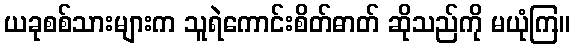
ယခုစစ်သားများက သူရဲကောင်းစိတ်ဓာတ် ဆိုသည်ကို မယုံကြ။